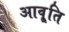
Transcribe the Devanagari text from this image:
आवृ्ति